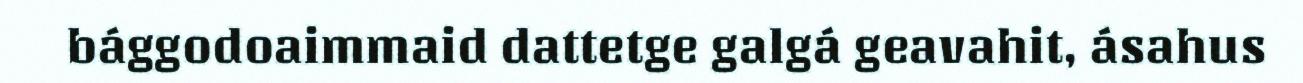
bággodoaimmaid dattetge galgá geavahit, ásahus